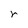
Character: r